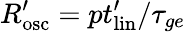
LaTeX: R_{\mathrm{{osc}}}^{\prime}=pt_{\mathrm{{lin}}}^{\prime}/\tau_{ge}